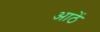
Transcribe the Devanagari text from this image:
आठें